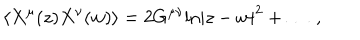
LaTeX: \langle X ^ { \mu } ( z ) X ^ { \nu } ( w ) \rangle = 2 G ^ { \mu \nu } \mathrm { l n } | z - w | ^ { 2 } + \dots ~ ,